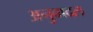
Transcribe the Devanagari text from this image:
अनुवादल